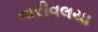
નારીવલયા